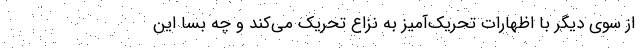
از سوی دیگر با اظهارات تحریک‌آمیز به نزاع تحریک می‌کند و چه بسا این